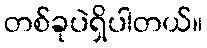
တစ်ခုပဲရှိပါတယ်။